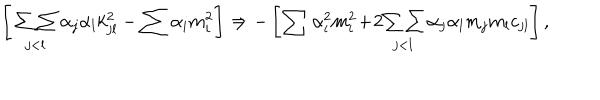
\left[ \begin{array} { c } { { { } } } \\ { { { \sum \sum } } } \\ { { { } _ { j < l } } } \\ \end{array} \alpha _ { j } \alpha _ { l } k _ { j l } ^ { 2 } - \sum \alpha _ { i } m _ { i } ^ { 2 } \right] \Rightarrow - \left[ \sum \alpha _ { i } ^ { 2 } m _ { i } ^ { 2 } \! + \! 2 \! \begin{array} { c } { { { } } } \\ { { { \sum \sum } } } \\ { { { } _ { j < l } } } \\ \end{array} \alpha _ { j } \alpha _ { l } m _ { j } m _ { l } c _ { j l } \right] ,